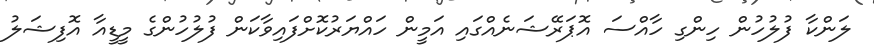
ލަންކާ ފުލުހުން ހިންގި ހާއްސަ އޮޕަރޭޝަނެއްގައި އަމީން ހައްޔަރުކޮށްފައިވާކަން ފުލުހުންގެ މީޑީއާ އޮފިޝަލު